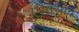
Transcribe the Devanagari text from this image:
एंडोसोम